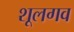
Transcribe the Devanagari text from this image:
शूलगव